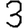
Digit: 3